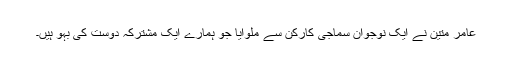
عامر متین نے ایک نوجوان سماجی کارکن سے ملوایا جو ہمارے ایک مشترکہ دوست کی بہو ہیں۔